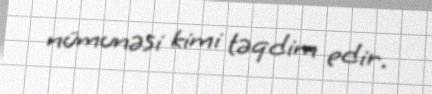
nümunəsi kimi təqdim edir.